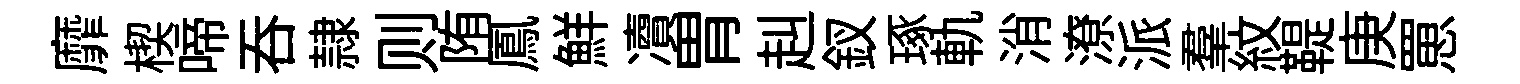
靡楔啼吞隷则陏鳳鮮凟胃赳釵琢軌消潦派羣紋鞮庚罳